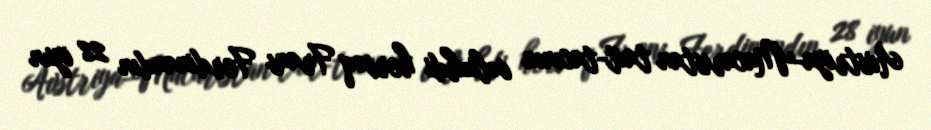
Avstriya-Macarıstan taxt-tacının vəliəhdi hersoq Frans Ferdinandın 28 iyun